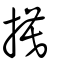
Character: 摸